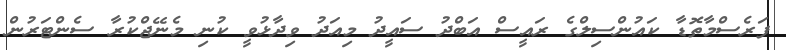
ފަރެސްމާތޮޑާ ކައުންސިލްގެ ރައީސް އަބްދު ސައީދު މިއަދު ވިދާޅުވީ ކުނި މެނޭޖްކުރާ ސެންޓަރުން